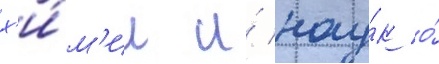
х'и́м'ии и́ нау́к о́